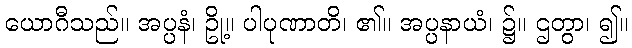
ယောဂီသည်။ အပ္ပနံ၊ ဥို့။ ပါပုဏာတိ၊ ၏။ အပ္ပနာယံ၊ ၌။ ဌတွာ၊ ၍။